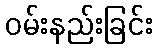
ဝမ်းနည်းခြင်း